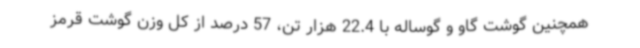
همچنین گوشت گاو و گوساله با 22.4 هزار تن، 57 درصد از کل وزن گوشت قرمز